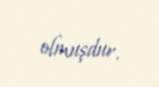
olmuşdur.